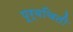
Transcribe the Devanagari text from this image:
पूर्वचिती